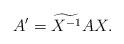
LaTeX: \begin{align*}A'=\widetilde{X^{-1}}AX.\end{align*}